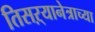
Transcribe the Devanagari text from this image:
तिसऱ्यानेत्राच्या